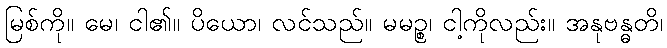
မြစ်ကို။ မေ၊ ငါ၏။ ပိယော၊ လင်သည်။ မမဉ္စ၊ ငါ့ကိုလည်း။ အနုဗန္ဓတိ၊